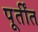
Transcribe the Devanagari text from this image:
पूर्तींत